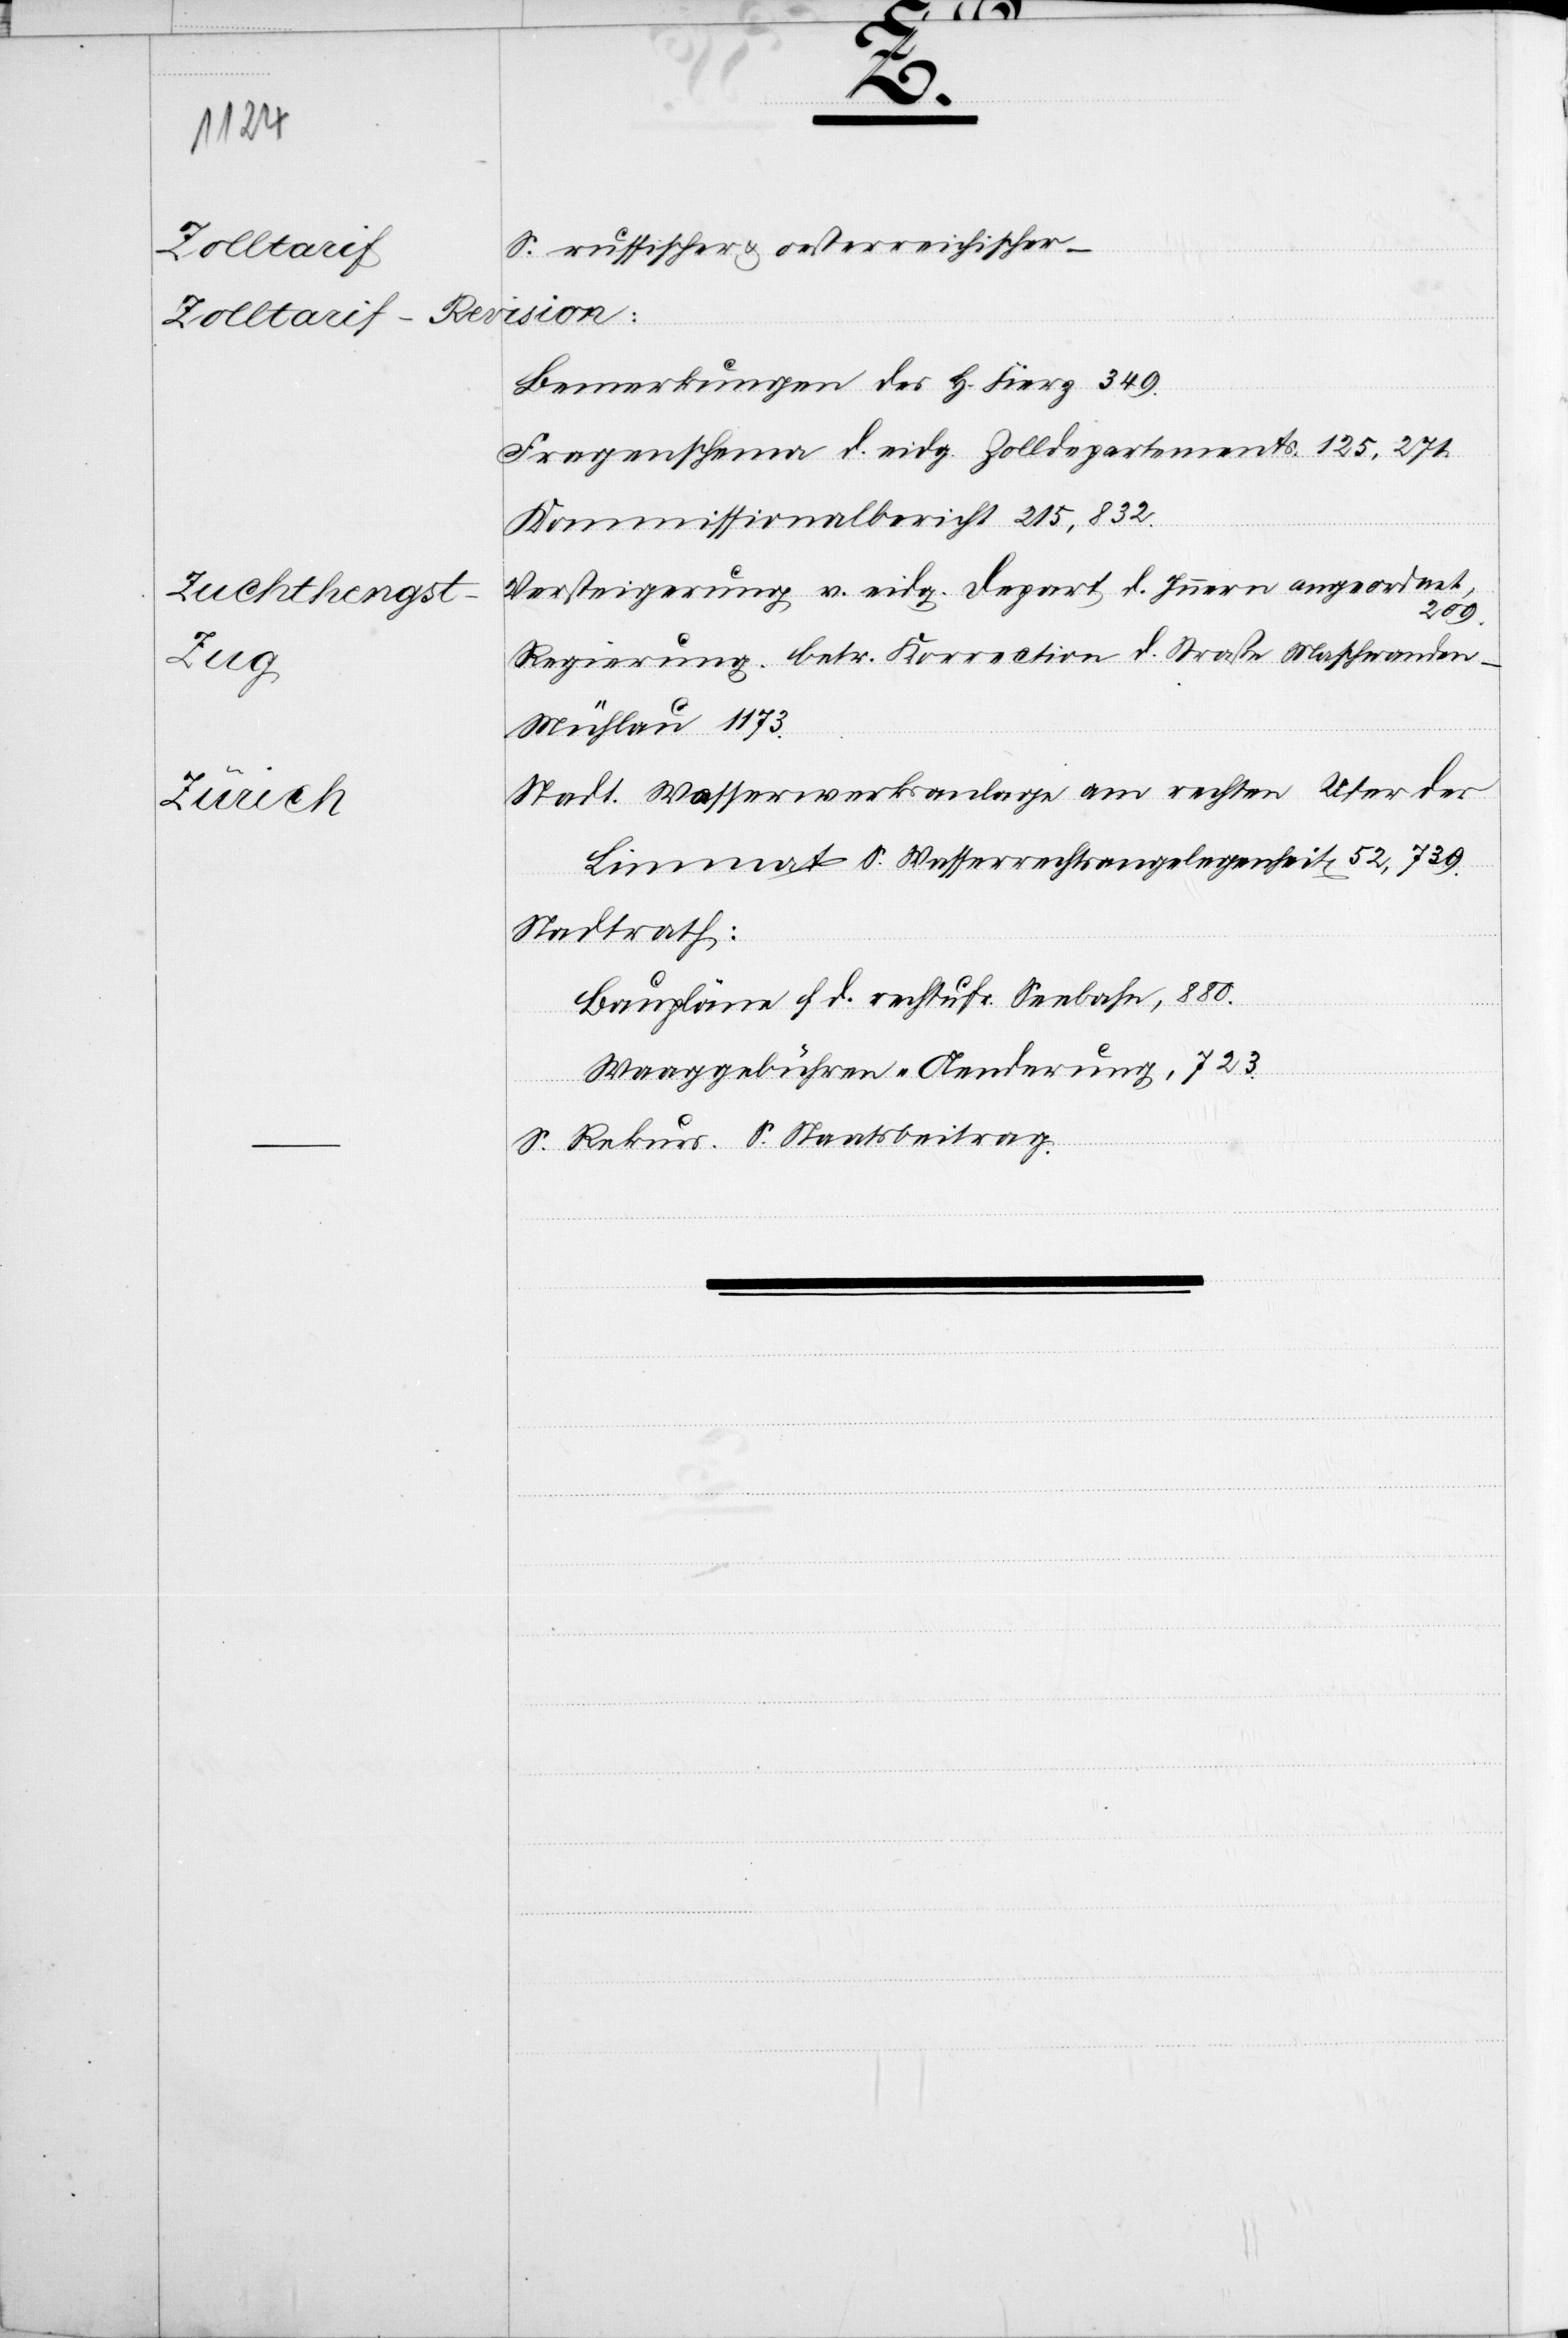
Schrei-
ksrath
Zürich

trägt
F.
mit
4
werde.